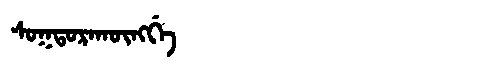
Manchu: ᠰᠣᡴᡨᠣᡵᠠᡴᡡᠩᡤᡝ
Romanization: SOKTORAKŪNGGE